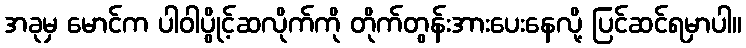
အခုမှ မောင်က ပါဝါပွိုင့်ဆလိုက်ကို တိုက်တွန်းအားပေးနေလို့ ပြင်ဆင်ရမှာပါ။